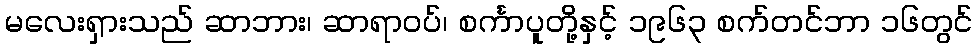
မလေးရှားသည် ဆာဘား၊ ဆာရာဝပ်၊ စင်္ကာပူတို့နှင့် ၁၉၆၃ စက်တင်ဘာ ၁၆တွင်